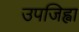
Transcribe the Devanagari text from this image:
उपजिह्वा